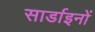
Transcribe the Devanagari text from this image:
सार्डाइनों